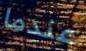
عندما